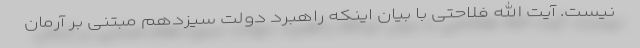
نیست. آیت الله فلاحتی با بیان اینکه راهبرد دولت سیزدهم مبتنی بر آرمان